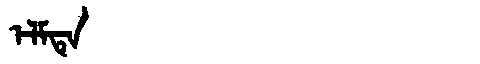
Manchu: ᡝᠯᠮᡨᡝ
Romanization: ELMTE